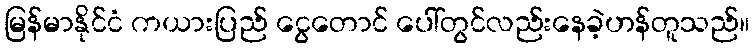
မြန်မာနိုင်ငံ ကယားပြည် ငွေတောင် ပေါ်တွင်လည်းနေခဲ့ဟန်တူသည်။